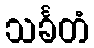
သင်္ခတံ